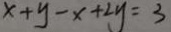
x + y - x + 2 y = 3